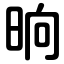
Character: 晌